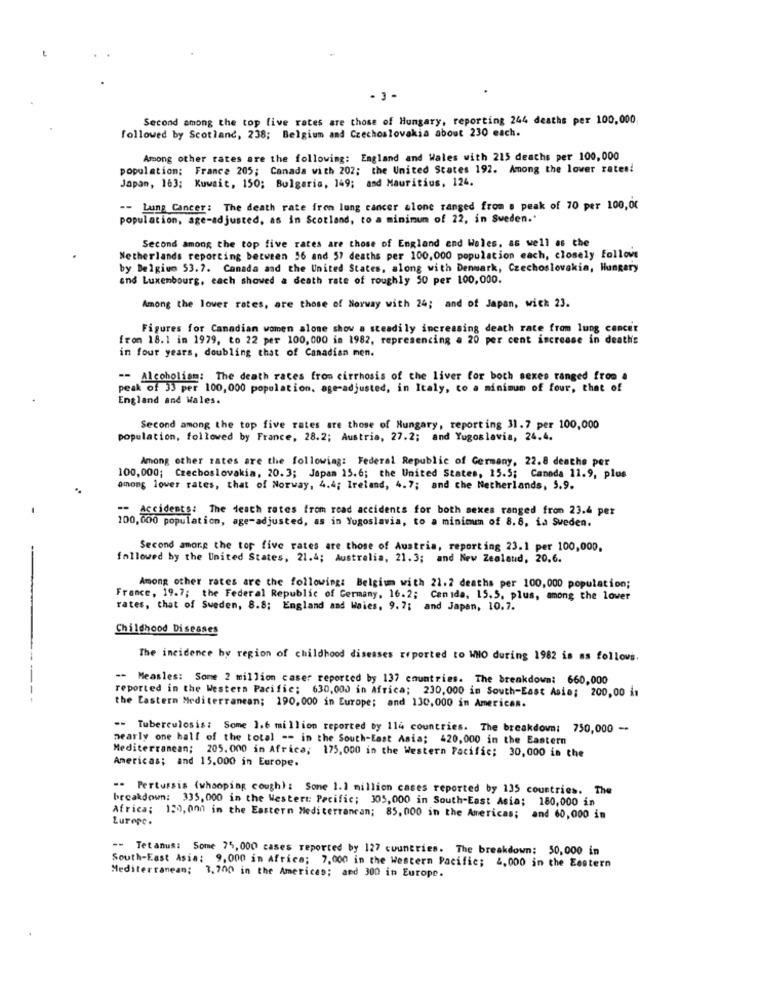
Second among the top five rates are those of Hungary, reporting 244 deaths per 100,000;
followed by Scotland, 238; Belgium and Czechoslovakia about 230 each.
Among other rates are the following: England and Wales with 215 deaths per 100,000
population: France 205; Canada with 202; the United States 192. Among the lower rates!
Japan, 163; Kuwait, 150; Bulgaria, 149; and Mauritius, 124.
-- Lung Cancer: The death rate from lung cancer alone ranged from . peak of 70 per 100,00
population, age-adjusted, as in Scotland, to a minimum of 22, in Sweden."
Second among the top five rates are those of England and Wales, as well as the
Netherlands reporting between 56 and 57 deaths per 100,000 population each, closely follows
by Belgium 53.7. Canada and the United States, along with Denmark, Czechoslovakia, Hungary
and Luxembourg, each showed a death rate of roughly 50 per 100,000.
Among the lower rates, are those of Norway with 24; and of Japan, with 23.
Figures for Canadian women alone show a steadily increasing death rate from lung cancer
from 18.1 in 1979, to 22 per 100,000 in 1982, represencing a 20 per cent increase in deaths
in four years, doubling that of Canadian men.
-- Alcoholism: The death rates from cirrhosis of the liver for boch sexes ranged from a
peak of 33 per 100,000 population, age-adjusted, in Italy, to a minimum of four, that of
England and Wales.
Second among the top five rates are those of Hungary, reporting 31.7 per 100,000
population, followed by France, 28.2; Austria, 27.2; and Yugoslavia, 24.4.
Among other rates are the following: Federal Republic of Germany, 22.8 deathe per
100,000; Czechoslovakia, 20. 3; Japan 15.6; the United States, 15.5; Canada 11.9, plus
among lower rates, that of Norway, 4.4; Ireland, 4.7; and the Netherlands, 5.9.
-- Accidents: The death rates from read accidents for both sexes ranged from 23.4 per
100,000 population, age-adjusted, as in Yugoslavia, to a minimum of 8.8, ia Sweden.
Second among the top five rates are those of Austria, reporting 23.1 per 100,000,
followed by the United States, 21.4; Australia, 21.3; and New Zealand, 20.6.
Among other rates are the following: Belgium with 21.2 deaths per 100,000 population;
France, 19.7; the Federal Republic of Germany, 16.2; Canada, 15.5, plus, among the lower
rates, that of Sweden, 8.8; England and Wales, 9.7; and Japan, 10.7.
Childhood Diseases
The incidence by region of childhood diseases reported to WHO during 1982 is as follows.
-- Measles: Some 2 million caser reported by 137 countries. The breakdown: 660,000
reported in the Western Pacific; 630,000 in Africa; 230,000 im South-East Asia; 200,00 in
the Eastern Mediterranean; 190,000 in Europe; and 130,000 in Americas.
-- Tuberculosis: Some 1.6 million reported by 114 countries. The breakdown: 750,000 --
nearly one half of the total -- in the South-East Asia; 420,000 in the Eastern
Mediterranean; 205.000 in Africa; 175,000 in the Western Pacific; 30,000 in the
Americas; and 15,000 in Europe.
-- Pertussis (whooping cough) : Sone 1.1 million cases reported by 135 countries. The
breakdown: 335, 000 in the Westert: Pacific; 305,000 in South-East Asia; 180,000 in
Europe.
Africa; 120,000 in the Eastern Mediterranean; 85, 000 in the Americas; and 60,000 in
Tetanus: Some 75, 000 cases reported by 127 countries. The breakdown: 50,000 in
Mediterranean; 3.700 in the Americas; and 300 in Europe.
South-East Asia: 9,000 in Africa; 7.000 in the Western Pacific; 4, 000 in the Eastern